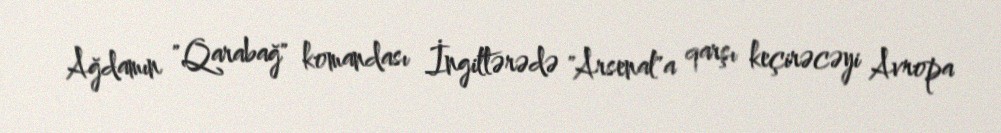
Ağdamın "Qarabağ" komandası İngiltərədə "Arsenal"a qarşı keçirəcəyi Avropa